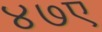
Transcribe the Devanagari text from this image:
४७ए